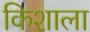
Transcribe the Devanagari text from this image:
किशाला